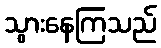
သွားနေကြသည်